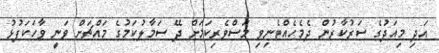
އަދި މިއަދުގެ ސަރުކާރުން ދެމެހެއްޓެނިވި މަސްވެރިކަމަށް ދޭ ސަމާލުކަމުގެ މައްޗަށް ވަނީ ވާހަކަފުޅު